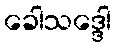
ခေါသဒ္ဒေါ